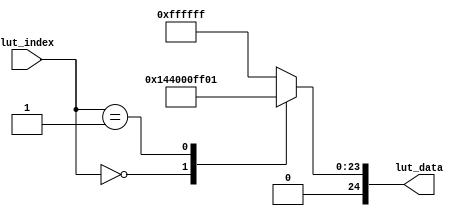
`timescale 1ns / 1ps
//////////////////////////////////////////////////////////////////////////////////
// Company: 
// Engineer: 
// 
// Design Name: 
// Module Name: lut_config
// Project Name: 
// Target Devices: 
// Tool Versions: 
// Description: 
// 
// Dependencies: 
// 
// Revision:
// Revision 0.01 - File Created
// Additional Comments:
// 
//////////////////////////////////////////////////////////////////////////////////


module lut_config(
	input[9:0]             lut_index,   //Look-up table address
	output reg[24:0]       lut_data     //reg address reg data
    );

    always@(*)
    begin
        case(lut_index)			  
            10'd  0: lut_data <= {16'h0014 , 8'h40};
    //		10'd  1: lut_data <= {16'h0005 , 8'h01};
    //		10'd  2: lut_data <= {16'h000d , 8'h07};
    //		10'd  3: lut_data <= {16'h00ff , 8'h01};
    //		10'd  4: lut_data <= {16'h0005 , 8'h02};
    //        10'd  5: lut_data <= {16'h000d , 8'h04};
            10'd  1: lut_data <= {16'h00ff , 8'h01};		
            default:lut_data <= {16'hffff,8'hff};
        endcase
    end


endmodule